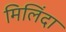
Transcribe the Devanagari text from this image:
मिलिंदा